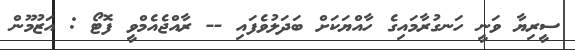
ސީރިޔާ ވަނީ ހަނގުރާމައިގެ ހާއްޔަކަށް ބަދަލުވެފައި -- ރާއްޖެއެމްވީ ފޮޓޯ : އަޒުމޫން